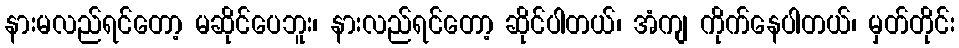
နားမလည်ရင်တော့ မဆိုင်ပေဘူး၊ နားလည်ရင်တော့ ဆိုင်ပါတယ်၊ အံကျ ကိုက်နေပါတယ်၊ မှတ်တိုင်း